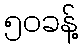
၅၀ခန့်